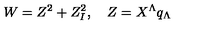
W = Z ^ { 2 } + Z _ { I } ^ { 2 } , \quad Z = X ^ { \Lambda } q _ { \Lambda }